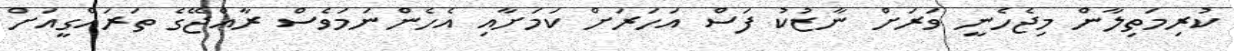
ކުރިމަތިލާން މިޖެހެނީ ވަރަށް ނާޒުކު ފަސް އަހަރަށް ކަމަށާއި އެހެންނަމަވެސް ރާއްޖޭގެ ތަރައްގީއަށް